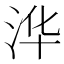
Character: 𮳆